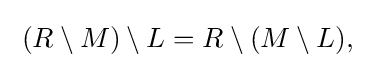
\;(R\setminus M)\setminus L=R\setminus (M\setminus L),\;